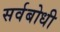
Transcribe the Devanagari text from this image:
सर्वबोधी